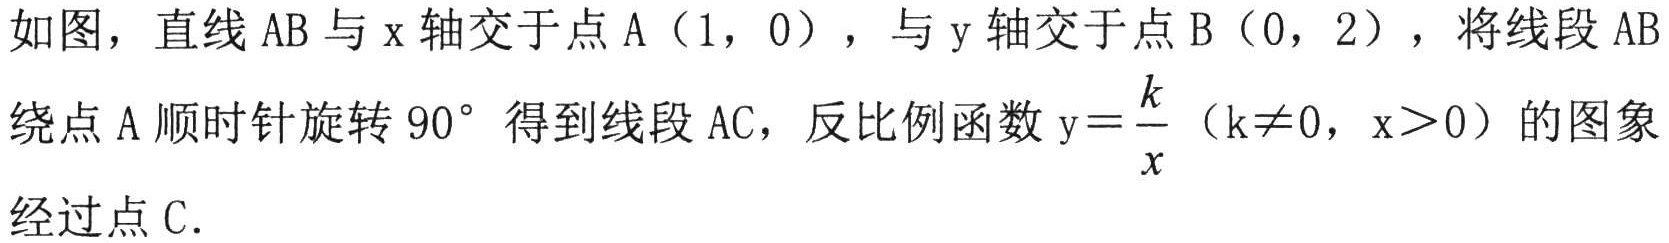
如图，直线$AB$与$x$轴交于点$A(1,0)$，与$y$轴交于点$B(0,2)$，将线段$AB$绕点$A$顺时针旋转$90^{\circ}$得到线段$AC$，反比例函数$y = \dfrac{k}{x}$（$k\neq0$，$x > 0$）的图象经过点$C$.